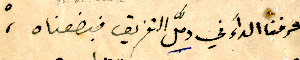
عرفنا الداءَ في دمّل التفريق فبضعناه،